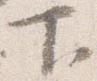
下